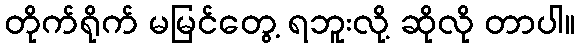
တိုက်ရိုက် မမြင်တွေ့ ရဘူးလို့ ဆိုလို တာပါ။